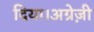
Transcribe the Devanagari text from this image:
दिया।अग्रेज़ी